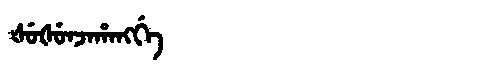
Manchu: ᡧᡠᡧᡠᠨᠵᠠᡥᠠᠩᡤᡝ
Romanization: ŠUŠUNJAHANGGE